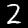
Label: 2